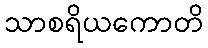
သာစရိယကောတိ